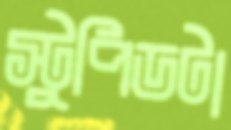
স্টুপিডটা